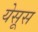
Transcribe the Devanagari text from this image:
येसूस